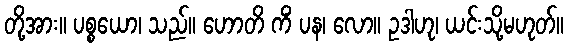
တို့အား။ ပစ္စယော၊ သည်။ ဟောတိ ကိံ ပန၊ လော။ ဥဒါဟု၊ ယင်းသို့မဟုတ်။